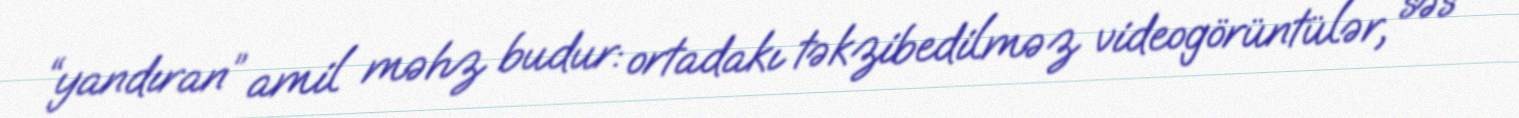
“yandıran” amil məhz budur: ortadakı təkzibedilməz videogörüntülər, səs